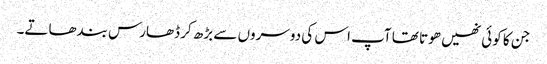
جن کا کوئی نھیں ھوتا تھا آپ اس کی دوسروں سے بڑھ کر ڈھارس بندھاتے۔